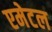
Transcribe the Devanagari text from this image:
एमेटल